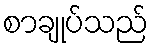
စာချုပ်သည်